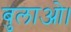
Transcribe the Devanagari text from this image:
बुलाओ।